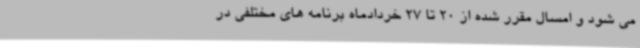
می شود و امسال مقرر شده از 20 تا 27 خردادماه برنامه های مختلفی در